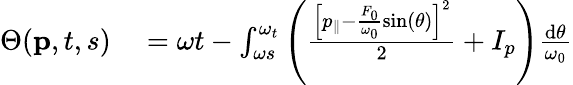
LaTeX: \begin{array}{rl}{\Theta(\textbf{p},t,s)}&{{}=\omega t-\int_{\omega s}^{\omega_{t}}\left(\frac{\left[p_{\| }-\frac{F_{0}}{\omega_{0}}\sin(\theta)\right]^{2}}{2}+I_{p}\right)\frac{\mathrm{d}\theta}{\omega_{0}}}\end{array}